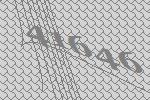
41646